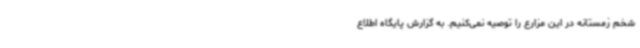
شخم زمستانه در این مزارع را توصیه نمی‌کنیم. به گزارش پایگاه اطلاع